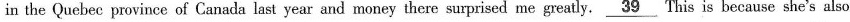
in the Quebec province of Canada last year and money there surprised me greatly.\underline{39} This is because she's also